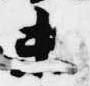
未